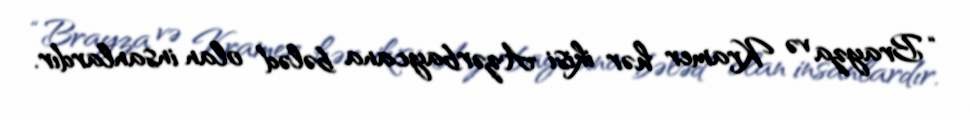
“Brayza və Kramer hər ikisi Azərbaycana bələd olan insanlardır.